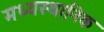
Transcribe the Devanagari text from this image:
मध्यस्थानिक